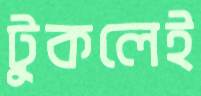
টুকলেই